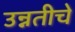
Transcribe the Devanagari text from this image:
उन्नतीचे